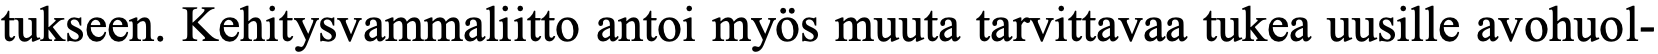
tukseen. Kehitysvammaliitto antoi myös muuta tarvittavaa tukea uusille avohuol-